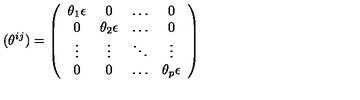
( \theta ^ { i j } ) = \left( \begin{array} { c c c c } { \theta _ { 1 } { \bf \epsilon } } & { 0 } & { \dots } & { 0 } \\ { 0 } & { \theta _ { 2 } { \bf \epsilon } } & { \dots } & { 0 } \\ { \vdots } & { \vdots } & { \ddots } & { \vdots } \\ { 0 } & { 0 } & { \dots } & { \theta _ { p } { \bf \epsilon } } \\ \end{array} \right)